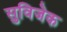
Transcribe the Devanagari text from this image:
सुविजेक